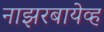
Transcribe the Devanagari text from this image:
नाझरबायेव्ह